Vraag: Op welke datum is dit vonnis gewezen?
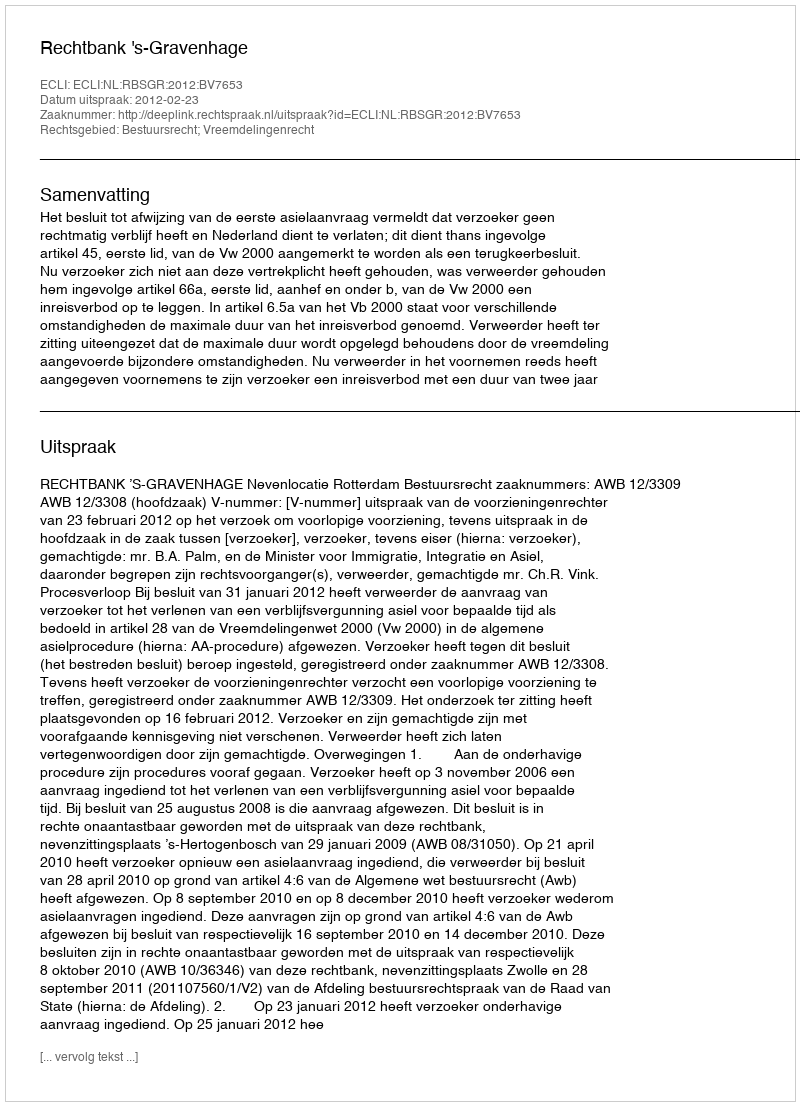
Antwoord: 2012-02-23